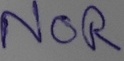
Text: NOR